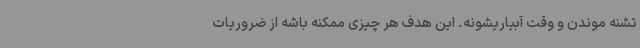
تشنه موندن و وقت آبیاریشونه. این هدف هر چیزی ممکنه باشه از ضروریات